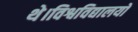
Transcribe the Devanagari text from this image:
थे।विश्वविद्यालयों